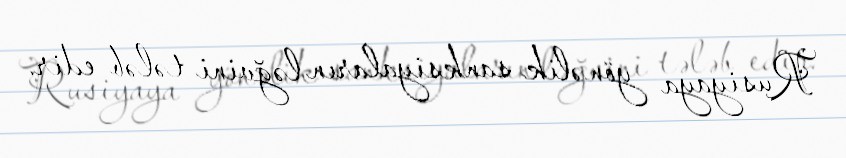
Rusiyaya yönəlik sanksiyaların ləğvini tələb edir.